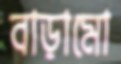
বাড়ামো